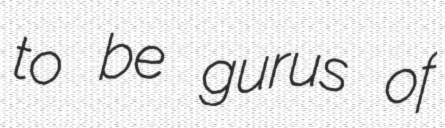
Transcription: to be gurus of